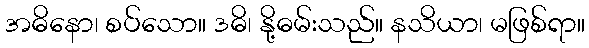
အဓိနော၊ စပ်သော။ ဒဓိ၊ နို့ဓမ်းသည်။ နသိယာ၊ မဖြစ်ရာ။